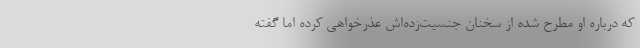
که درباره او مطرح شده از سخنان جنسیت‌زده‌اش عذرخواهی کرده اما گفته